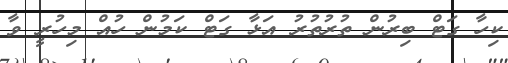
ކިހާ ގަޓް ބިރުން ތުރުތުރު އަޅާ ގަޓް ކަމުން ހުއް މިހުރީ ވާ